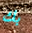
بك